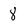
Character: 8